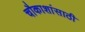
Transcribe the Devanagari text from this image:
चौकाशांसाठी